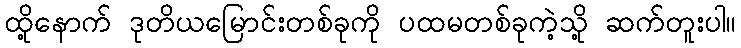
ထို့နောက် ဒုတိယမြောင်းတစ်ခုကို ပထမတစ်ခုကဲ့သို့ ဆက်တူးပါ။